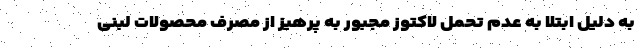
به دلیل ابتلا به عدم تحمل لاکتوز مجبور به پرهیز از مصرف محصولات لبنی